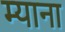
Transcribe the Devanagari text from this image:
म्याना